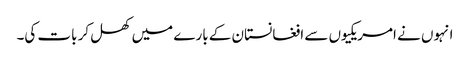
انہوں نے امریکیوں سے افغانستان کے بارے میں کھل کر بات کی۔